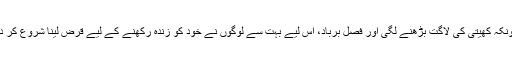
چونکہ کھیتی کی لاگت بڑھنے لگی اور فصل برباد، اس لیے بہت سے لوگوں نے خود کو زندہ رکھنے کے لیے قرض لینا شروع کر دیا۔